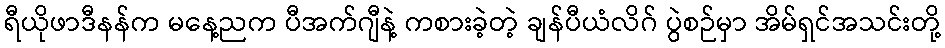
ရီယိုဖာဒီနန်က မနေ့ညက ပီအက်ဂျီနဲ့ ကစားခဲ့တဲ့ ချန်ပီယံလိဂ် ပွဲစဉ်မှာ အိမ်ရှင်အသင်းတို့